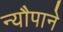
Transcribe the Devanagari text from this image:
न्यौपाने